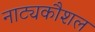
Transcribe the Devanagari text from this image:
नाट्यकौशल